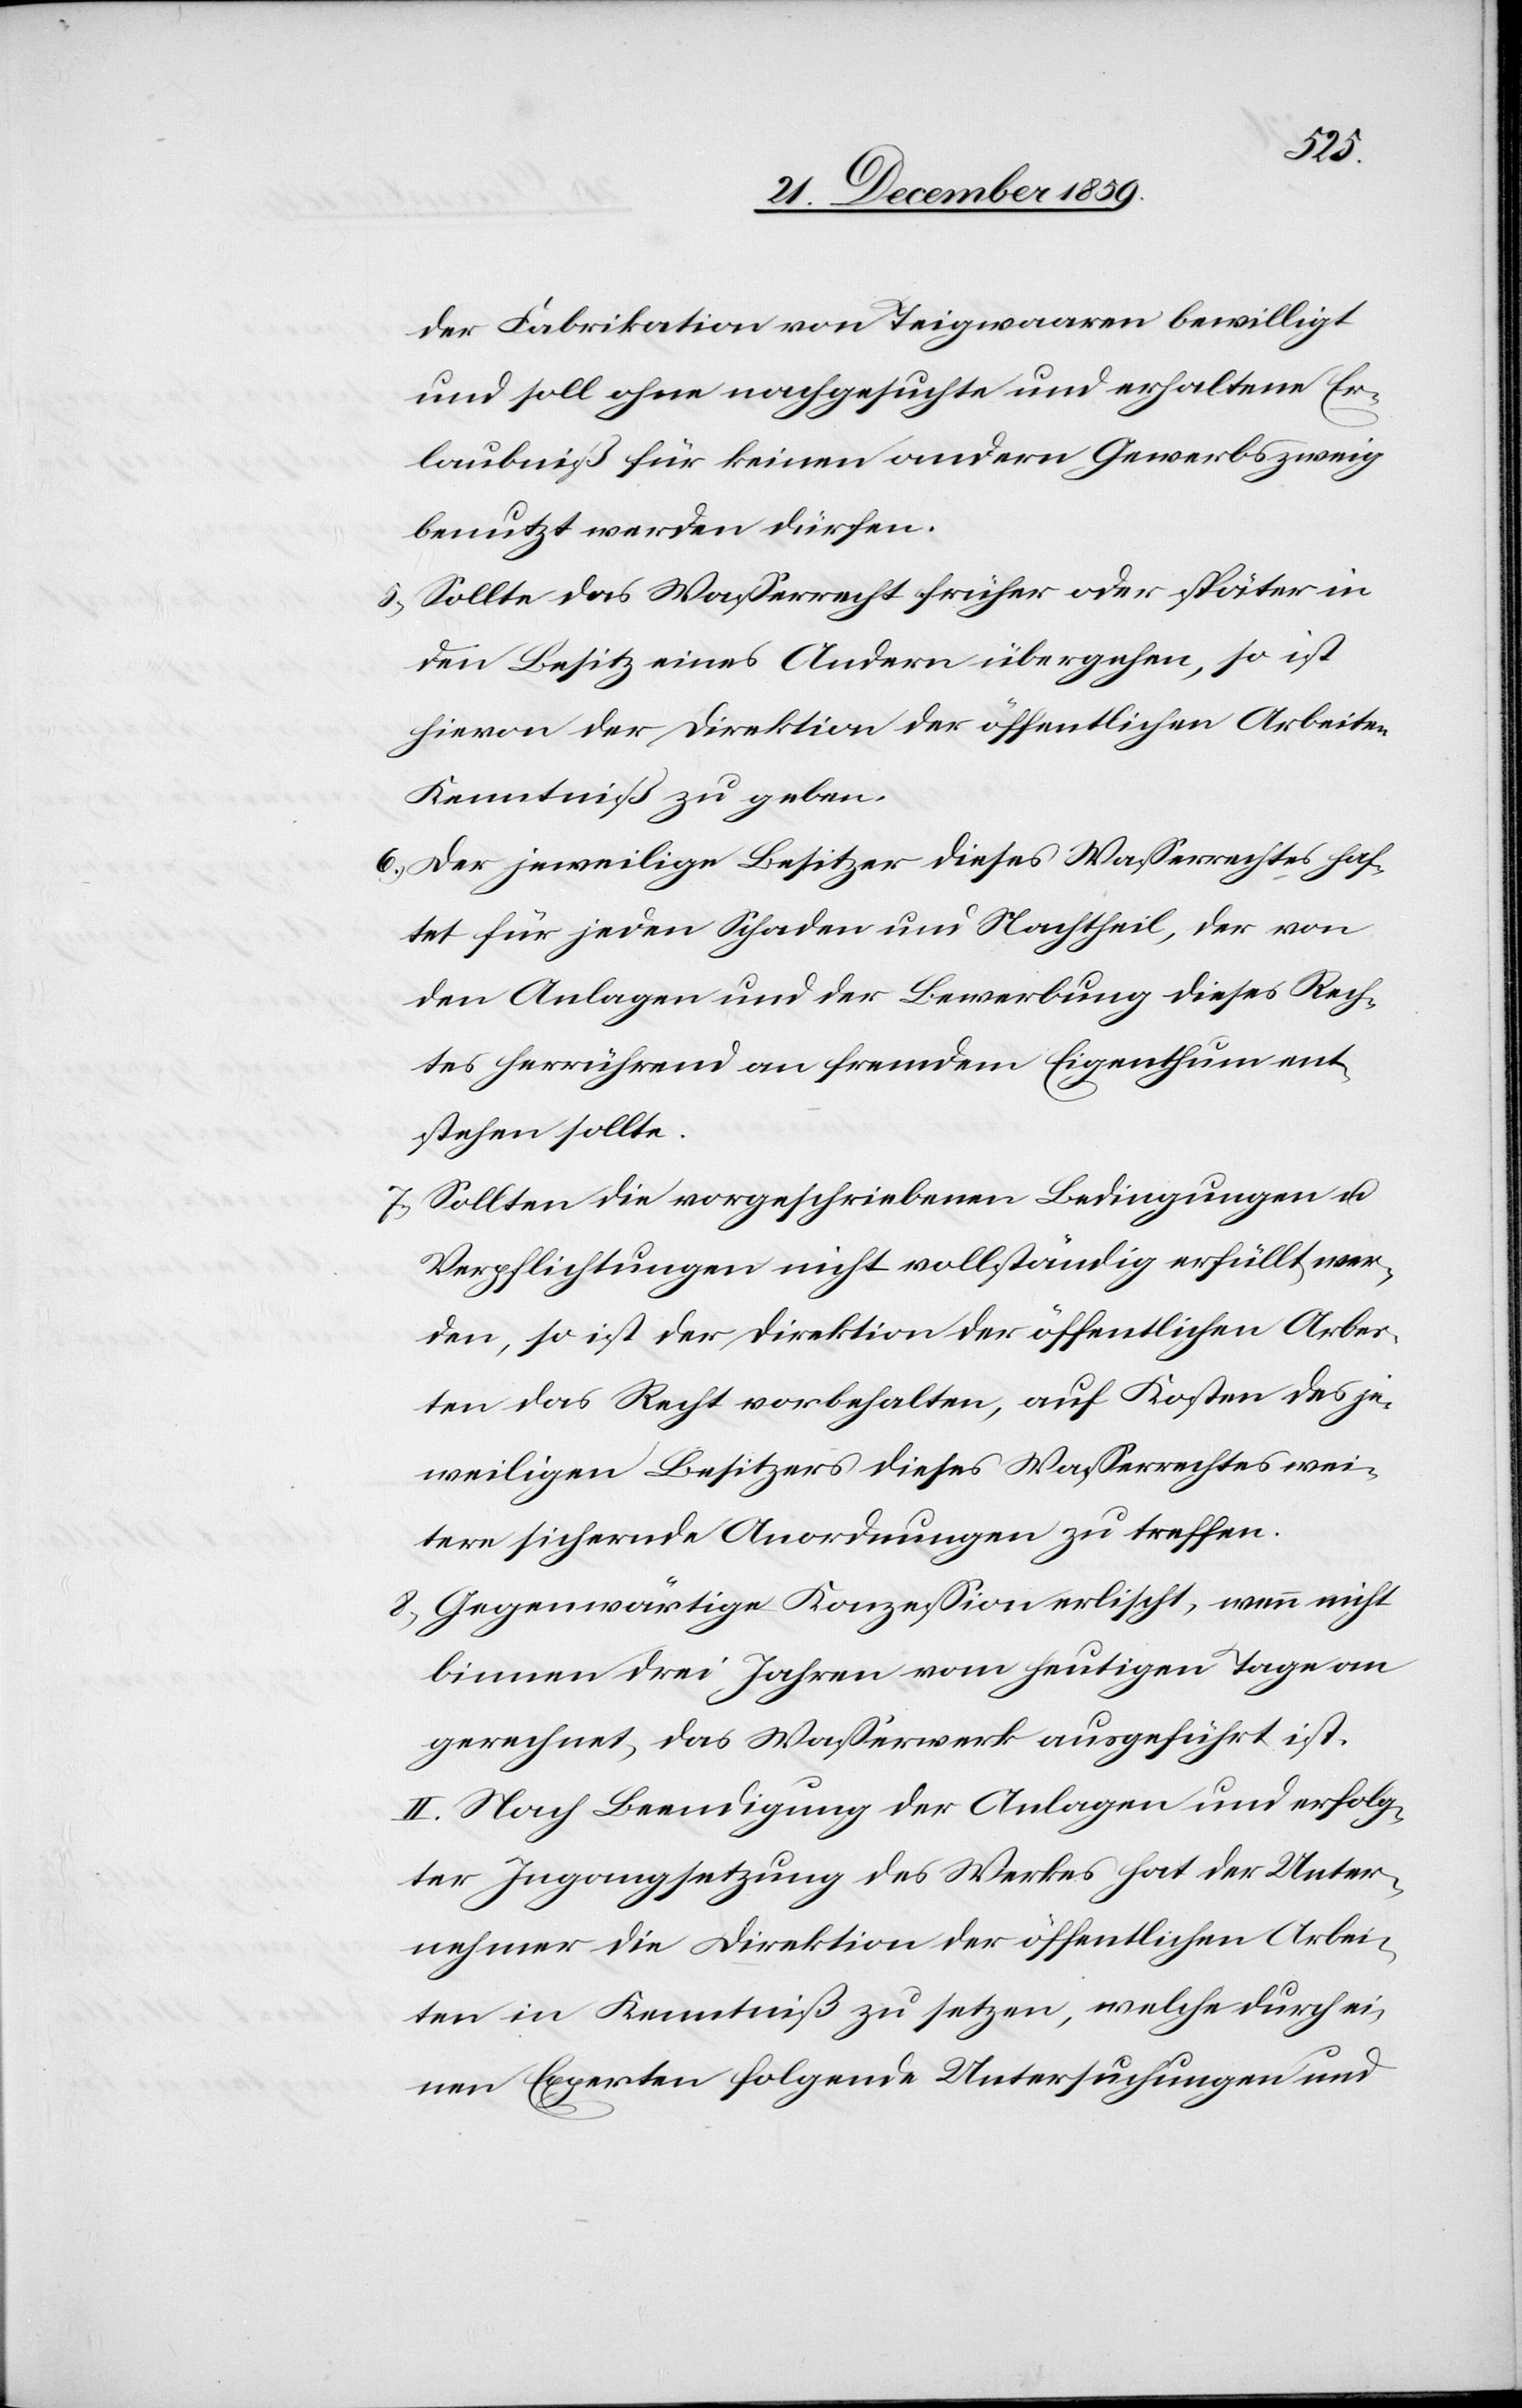
der Fabrikation von Teigwaaren bewilligt
und soll ohne nachgesuchte und erhaltene Er¬
laubniß für keinen andern Gewerbszweig
benutzt werden dürfen.
5) Sollte das Wasserrecht früher oder später in
den Besitz eines Andern übergehen, so ist
hievon der Direktion der öffentlichen Arbeiten
Kenntniß zu geben.
6) Der jeweilige Besitzer dieses Wasserrechtes haf¬
tet für jeden Schaden und Nachtheil, der von
den Anlagen und der Bewerbung dieses Rech¬
tes herrührend an fremdem Eigenthum ent¬
stehen sollte.
7) Sollten die vorgeschriebenen Bedingungen u.
Verpflichtungen nicht vollständig erfüllt wer¬
den, so ist der Direktion der öffentlichen Arbei¬
ten das Recht vorbehalten, auf Kosten des je¬
weiligen Besitzers dieses Wasserrechtes wei¬
tere sichernde Anordnungen zu treffen.
8) Gegenwärtige Konzession erlischt, wenn nicht
binnen drei Jahren vom heutigen Tage an
gerechnet, das Wasserwerk ausgeführt ist.
II. Nach Beendigung der Anlagen und der erfolg¬
ten Ingangsetzung des Werkes hat der Unter¬
nehmer die Direktion der öffentlichen Arbei¬
ten in Kenntniß zu setzen, welche durch ei¬
nen Experten folgende Untersuchungen und